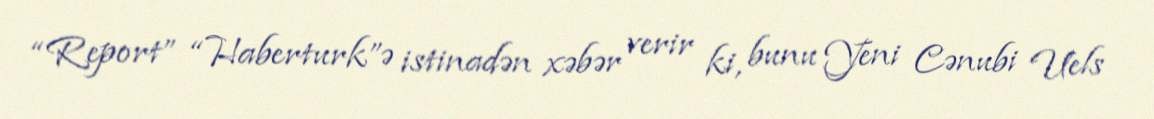
“Report” “Haberturk”ə istinadən xəbər verir ki, bunu Yeni Cənubi Uels